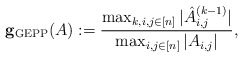
\begin{align*}{\bf g_{\rm GEPP}}(A):=\frac{ \max_{k,i,j \in [n]} |\hat A^{(k-1)}_{i,j}|}{\max_{i,j\in[n]} |A_{i,j}|},\end{align*}